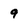
Character: 9